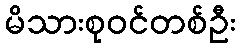
မိသားစုဝင်တစ်ဦး